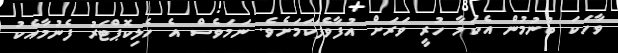
ވާހަކަ ބުނުމުން އެކަމާ ހުރީ ވަރަށް އުފާވެފަކަމަށެވެ. ނަމަވެސް އެ ހެލިކޮޕްޓަރު ފެނުމާއެކު